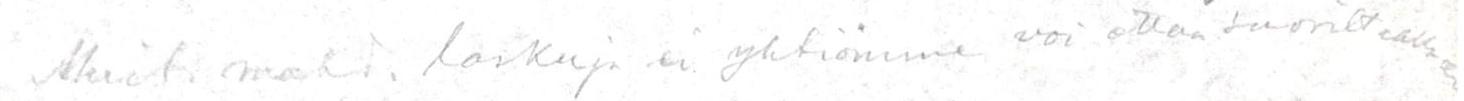
Muit. mahd. laskuja ei yhtiömme voi ottaa suorittaakseen